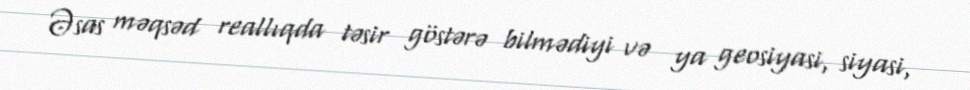
Əsas məqsəd reallıqda təsir göstərə bilmədiyi və ya geosiyasi, siyasi,